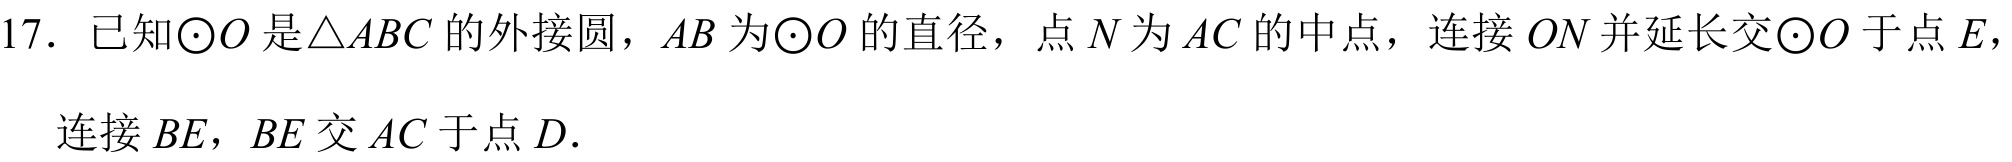
17. 已知\(\odot O\)是\(\triangle ABC\)的外接圆，\(AB\)为\(\odot O\)的直径，点\(N\)为\(AC\)的中点，连接\(ON\)并延长交\(\odot O\)于点\(E\)，
连接\(BE\)，\(BE\)交\(AC\)于点\(D\).